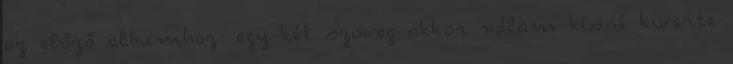
az előző albumhoz: egy-két szöveg akkor nálam kissé kiverte